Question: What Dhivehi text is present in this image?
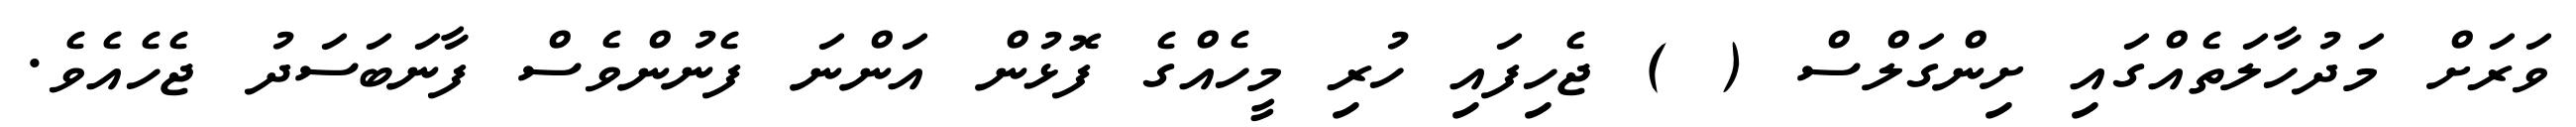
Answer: ވަރަށް މަދުހާލަތެއްގައި ށިންގަލްސް ( ) ޖެހިފައި ހުރި މީހެއްގެ ފޮޅުން އަންނަ ފެނުންވެސް ފާނަބަސަދު ޖެހެއެވެ.